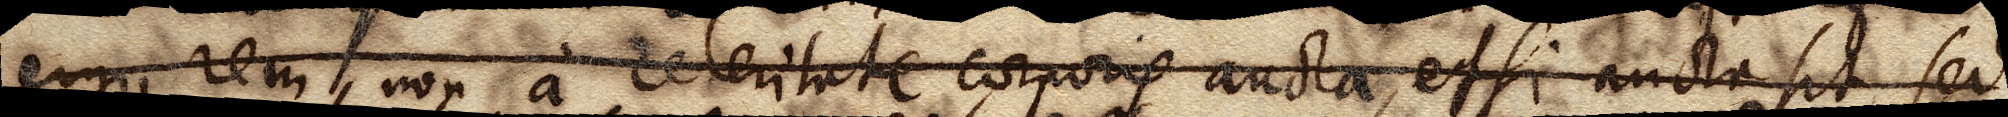
ergo rem non a celeritate corporis aucta, etsi aucta sit, sed